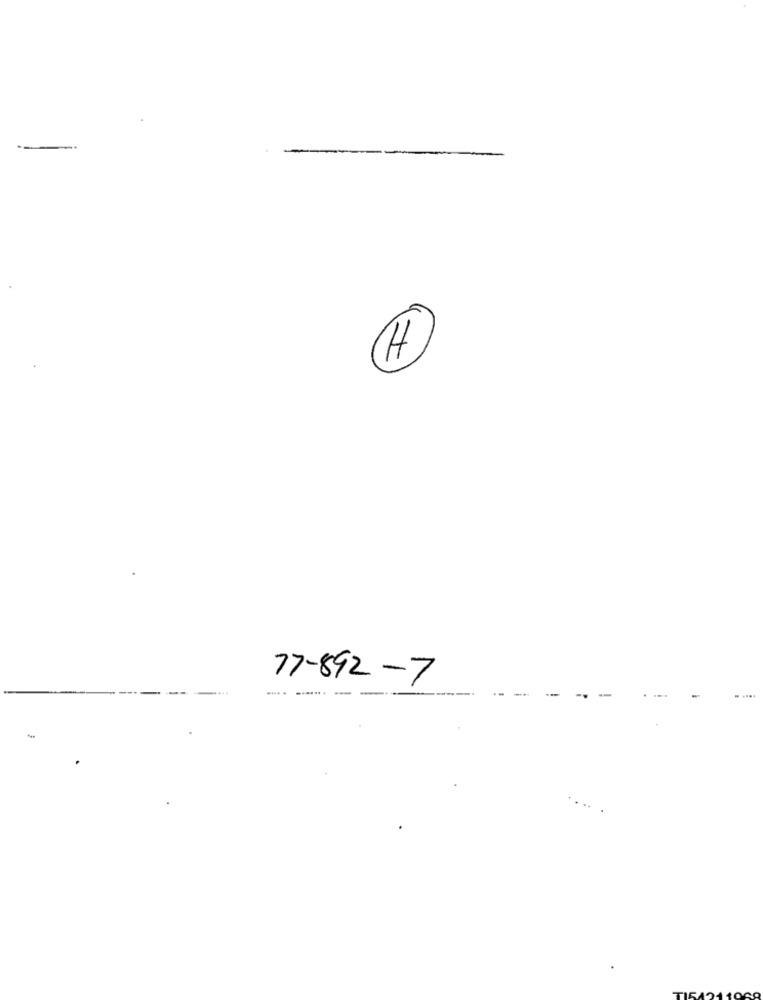
77-892-7
----- -
-